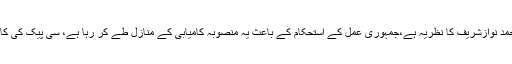
پاکستان چین اقتصادی راہداری منصوبہ سابق وزیراعظم محمد نوازشریف کا نظریہ ہے،جمہوری عمل کے استحکام کے باعث یہ منصوبہ کامیابی کے منازل طے کر رہا ہے، سی پیک کی کامیابی جمہوریت کے تسلسل اور استحکام سے مشروط ہے ۔